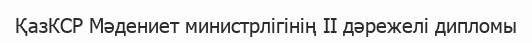
ҚазКСР Мәдениет министрлігінің II дәрежелі дипломы